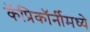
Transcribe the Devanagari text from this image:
कॅप्रिकॉर्नीमध्ये